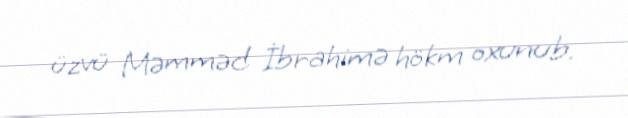
üzvü Məmməd İbrahimə hökm oxunub.